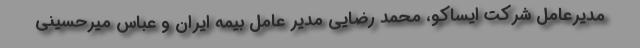
مدیرعامل شرکت ایساکو، محمد رضایی مدیر عامل بیمه ایران و عباس میرحسینی